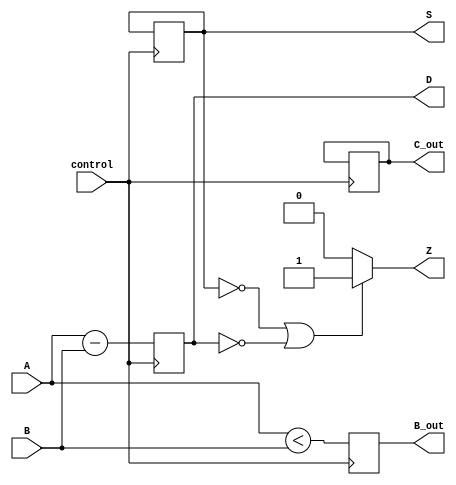
module ALU(
    input wire A,
    input wire B,
    input wire control,
    output reg S,
    output reg C_out,
    output reg D,
    output reg B_out,
    output reg Z
);

// Adder
always @ (posedge control) begin
    if (control == 1'b0) begin
        S <= A + B;
        C_out <= A + B > 1;
    end
end

// Subtractor
always @ (posedge control) begin
    if (control == 1'b1) begin
        D <= A - B;
        B_out <= A < B;
    end
end

// Zero flag generator
always @ (*) begin
    if (S == 0 || D == 0) begin
        Z <= 1;
    end else begin
        Z <= 0;
    end
end

endmodule